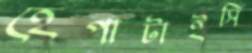
হেপাটাইসি